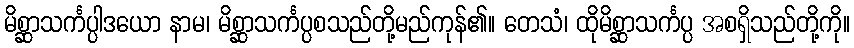
မိစ္ဆာသင်္ကပ္ပါဒယော နာမ၊ မိစ္ဆာသင်္ကပ္ပစသည်တို့မည်ကုန်၏။ တေသံ၊ ထိုမိစ္ဆာသင်္ကပ္ပ အစရှိသည်တို့ကို။